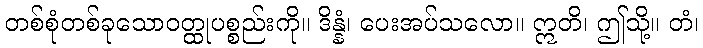
တစ်စုံတစ်ခုသောဝတ္ထုပစ္စည်းကို။ ဒိန္နံ၊ ပေးအပ်သလော။ ဣတိ၊ ဤသို့။ တံ၊